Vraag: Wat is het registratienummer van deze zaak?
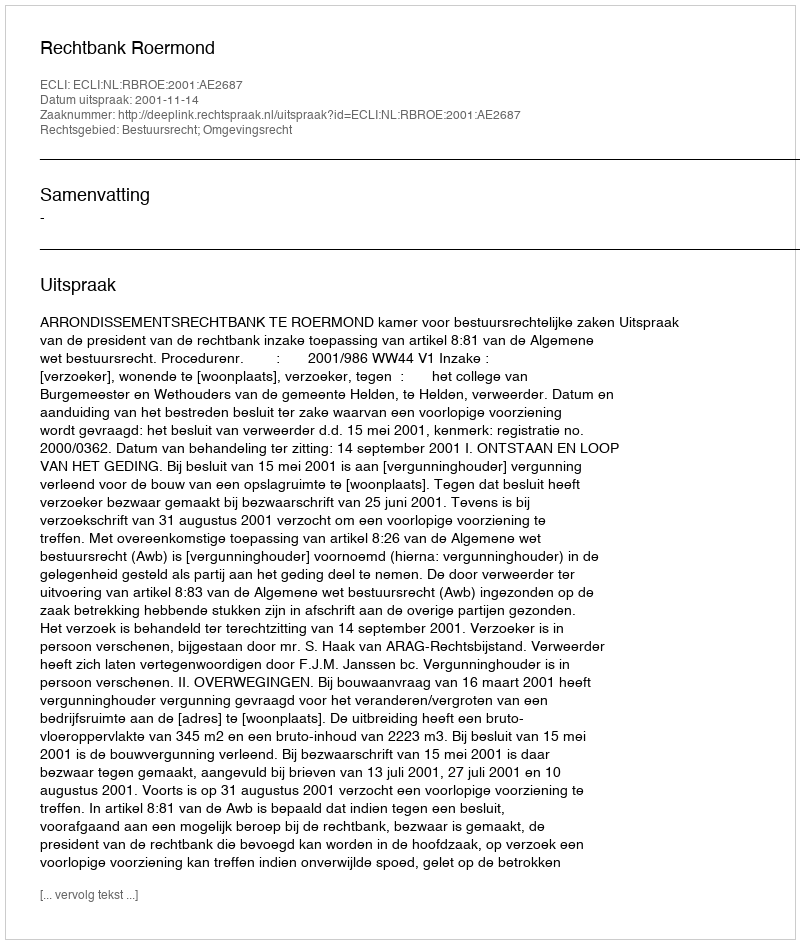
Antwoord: http://deeplink.rechtspraak.nl/uitspraak?id=ECLI:NL:RBROE:2001:AE2687